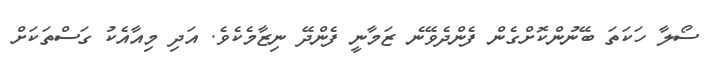
ސޯލާ ހަކަތަ ބޭނުންކޮށްގެން ފެންދެވޭނެ ޒަމާނީ ފެންދޭ ނިޒާމެކެވެ. އަދި މިއާއެކު ގަސްތަކަށް